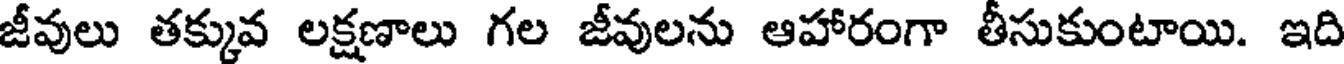
జీవులు తక్కువ లక్షణాలు గల జీవులను ఆహారంగా తీసుకుంటాయి. ఇది